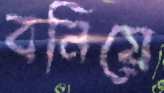
বনিয়ে